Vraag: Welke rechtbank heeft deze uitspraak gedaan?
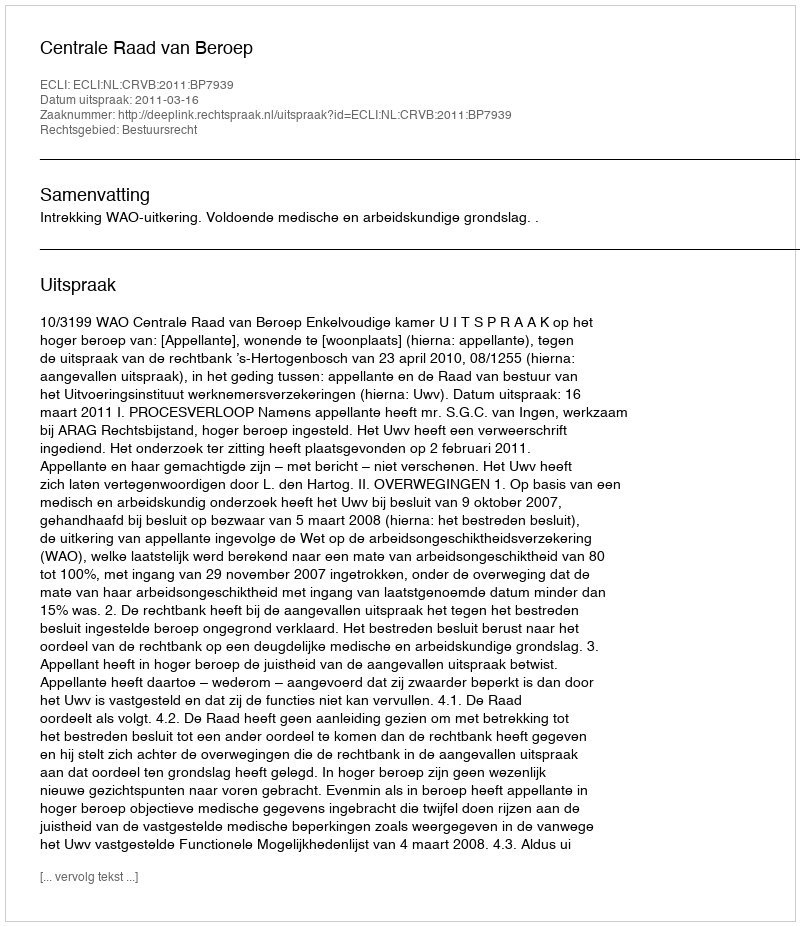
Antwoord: Centrale Raad van Beroep